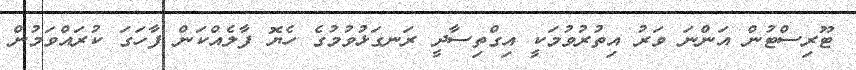
ޓޫރިސްޓުން އަންނަ ވަރު އިތުރުވުމަކީ އިގްތިސާދީ ރަނގަޅުވުމުގެ ހެޔޮ ފާލެއްކަން ފާހަގަ ކުރައްވަމުން